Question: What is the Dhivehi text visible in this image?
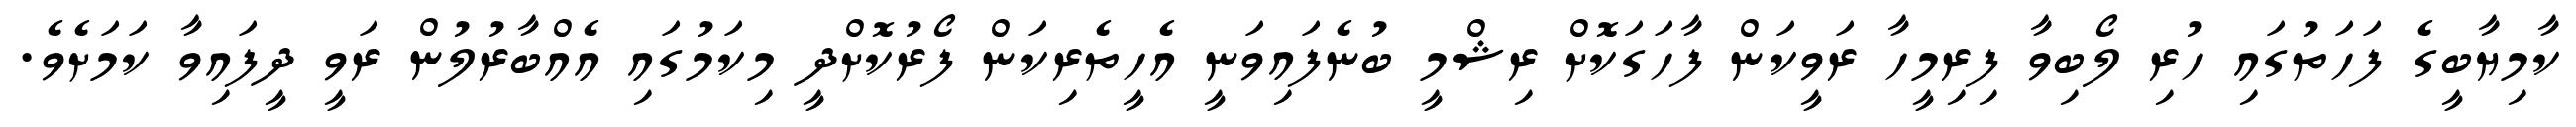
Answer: ކާމިޔާބީގެ ފަހަތުގައި ހުރި ލޯބިވާ ފިރިމީހާ ރަވީކަން ފާހަގަކޮށް ރިޝްމީ ބުނެފައިވަނީ އެހީތެރިކަން ފޯރުކޮށްދީ މިކަމުގައި އެއްބާރުލުން ރަވީ ދީފައިވާ ކަމަށެވެ.